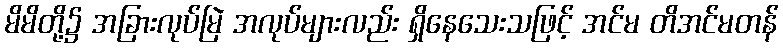
မိမိတို့၌ အခြားလုပ်မြဲ အလုပ်များလည်း ရှိနေသေးသဖြင့် အင်မ တိအင်မတန်